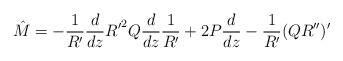
\begin{align*}{\hat M} =-\frac{1}{R^{\prime}}\frac{d}{dz}{R^{\prime}}^2Q\frac{d}{dz}\frac{1}{R^{\prime}}+2P\frac{d}{dz}-\frac{1}{R^{\prime}}(QR^{\prime\prime})^{\prime}\end{align*}